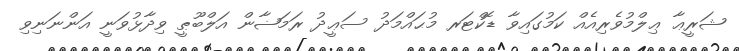
ޝަރީޢާ ޢިލްމުވެރިއެއް ކަމުގައިވާ ޑޮކްޓަރ މުޙައްމަދު ސަޢީދު ރަމަޟާން އަލްބޫޠީ ވިދާޅުވަނީ އަންނަނިވި